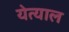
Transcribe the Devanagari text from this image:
येत्याल